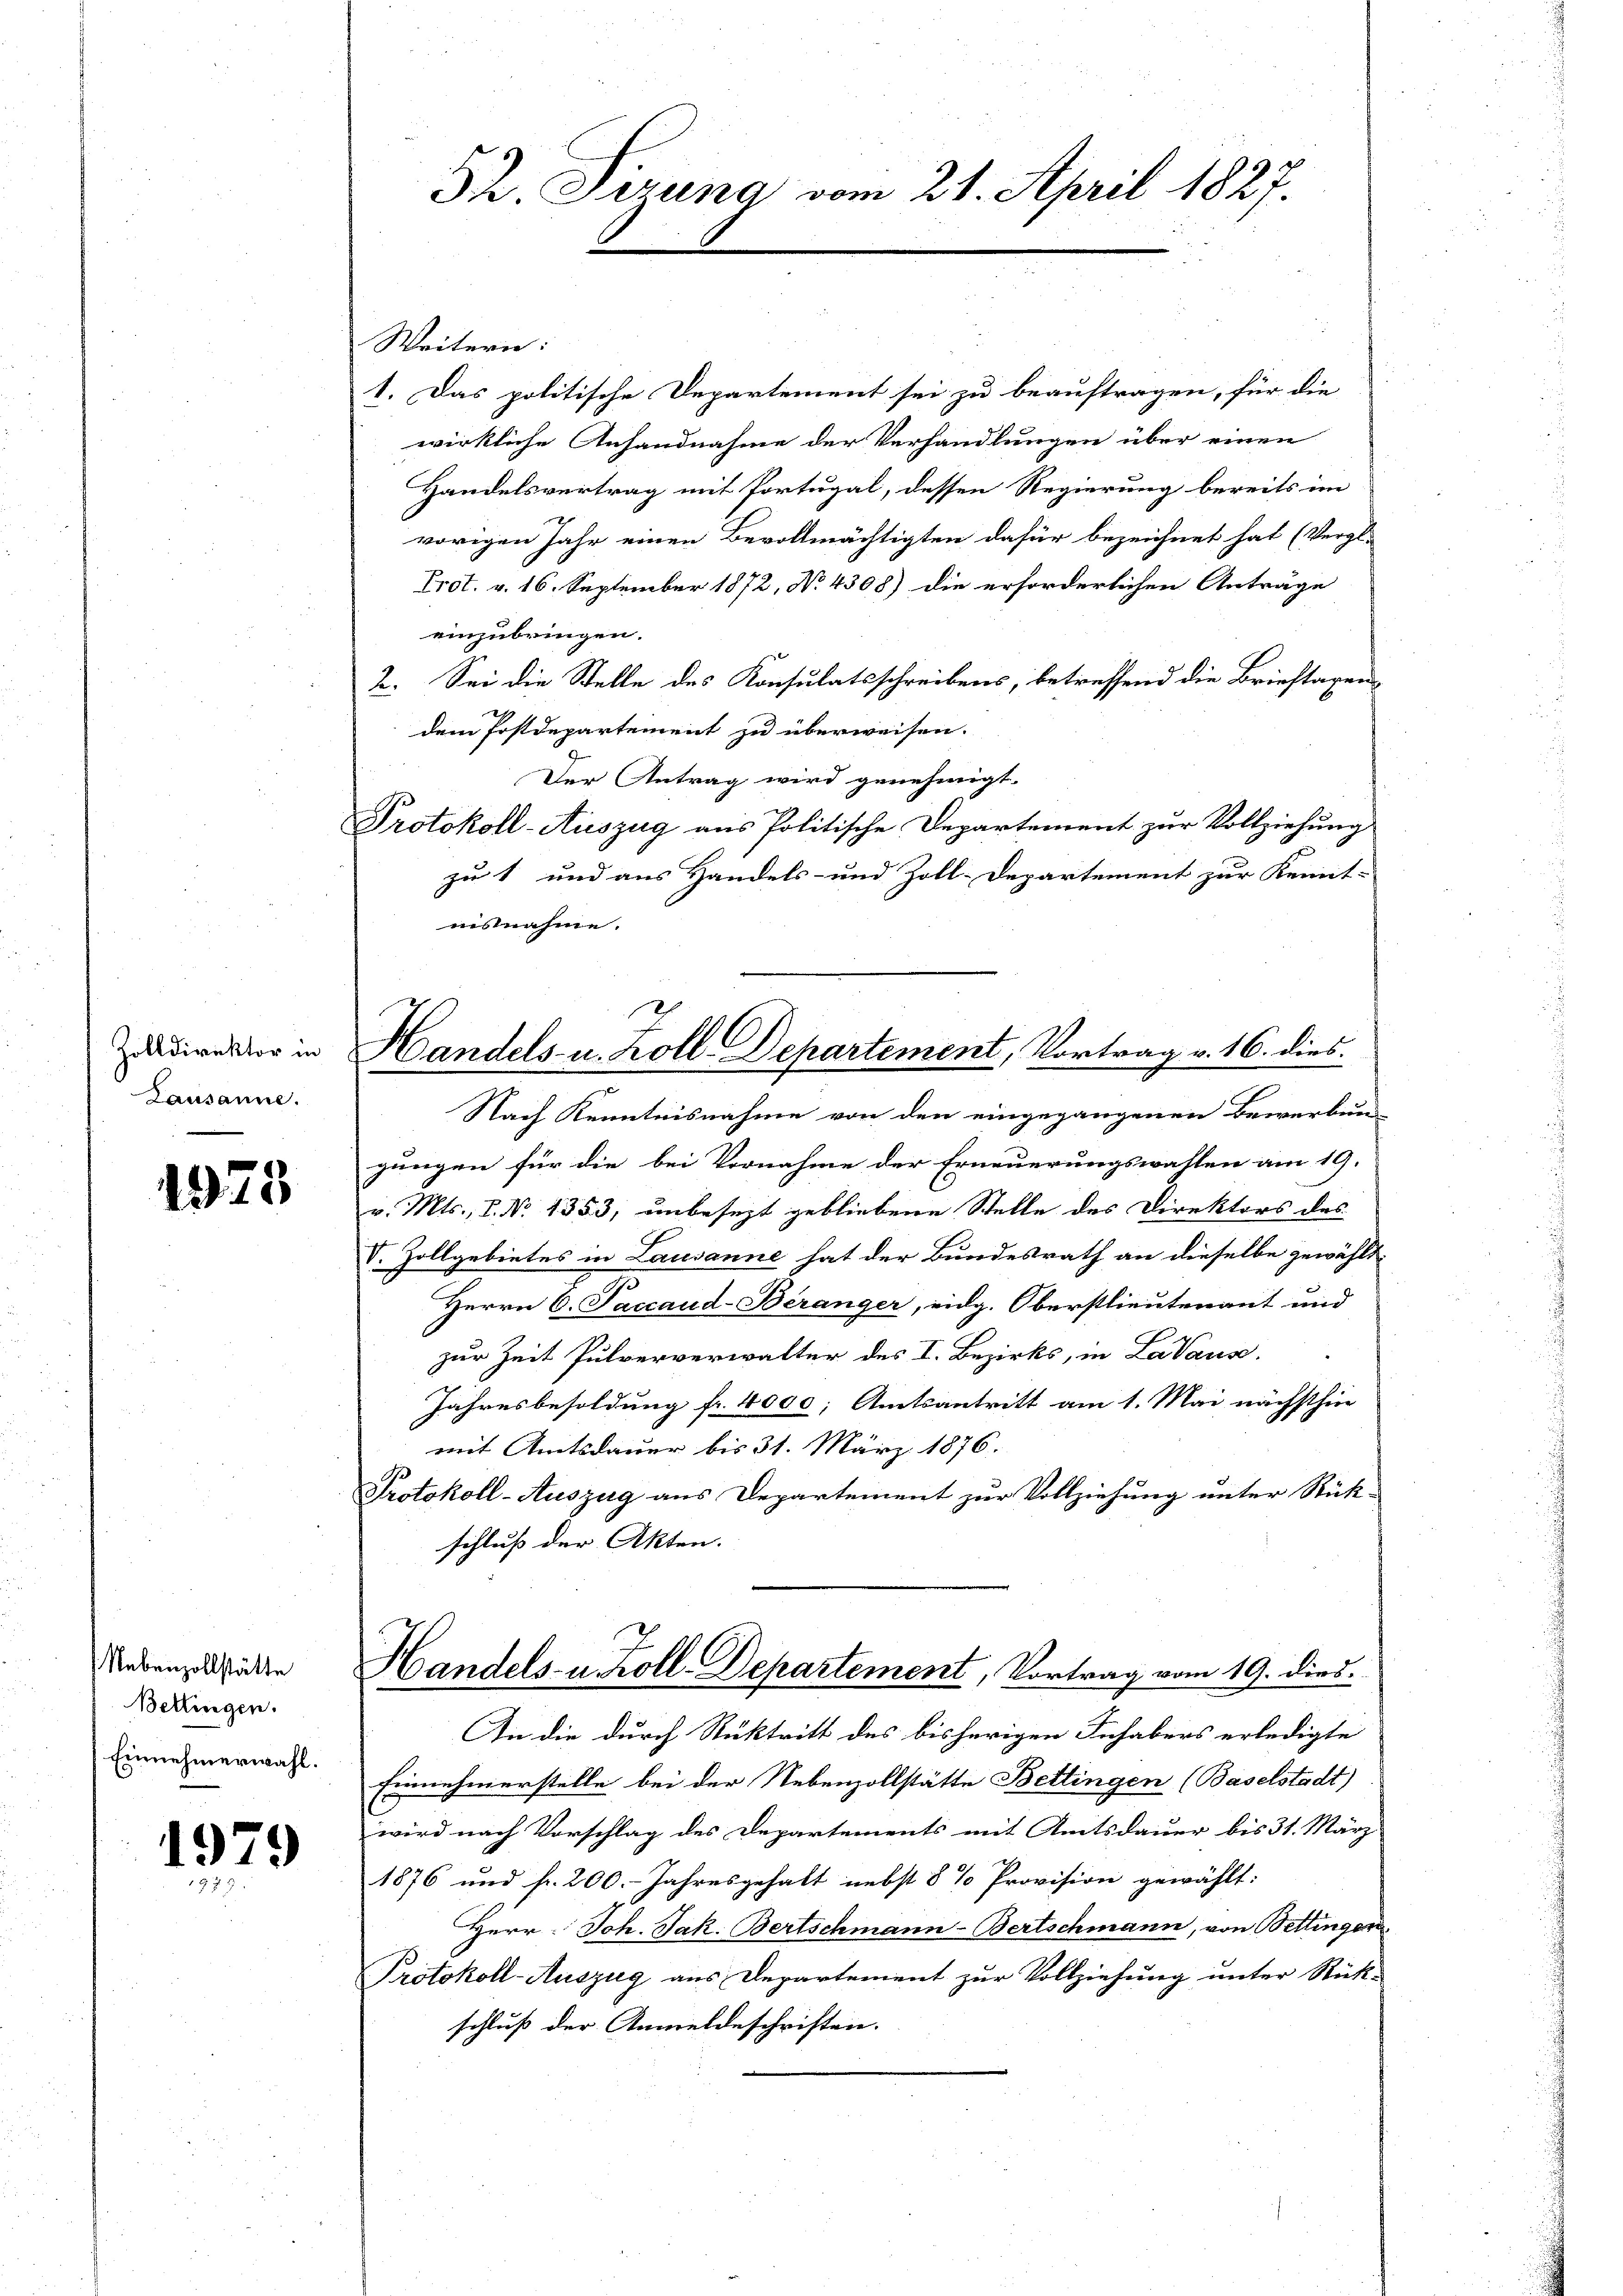
Zolldirektor in
Lausanne.

1975

Nebenzollstätte
Bettingen.
Einnehmerwahl.

1979

52. Tizung vom 21. April 1827.

Handels- u. Zoll-Departement, Vortrag v. 16. dies

Weitern:
1. Das politische Departement sei zu beauftragen, für die
wirkliche Anhandnahme der Verhandlungen über einen
Handelsvertrag mit Portugal, dessen Regierung bereits im
vorigen Jahr einen Bevollmächtigten dafür bezeichnet hat (Vergl.
Prot. v. 16. September 1872, No 4308) die erforderlichen Anträge
einzubringen.
2. Sei die Stelle des Konsulatsschreibens, betreffend die Brieftaxen
dem Postdepartement zu überweisen.
Der Antrag wird genehmigt.
Protokoll-Auszug aus Politische Departement zur Vollziehung
zu 1 und aus Handels- und Zoll-Departement zur Kennt-
nisnahme.
Nach Kenntnisnahme von den eingegangenen Bewerbun-
gungen für die bei Vornahme der Erneuerungswahlen am 19.
v. Mts., P. Nr. 1353, unbesezt gebliebene Stelle des Direktors des
V. Zollgebietes in Lausanne hat der Bundesrath an dieselbe gewählt
Herrn C. Saccaud-Beranger, eidg. Oberstlieutenant und
zur Zeit Pulververwalter des I. Bezirks, in Lavaus.
Jahresbesoldung fr. 4000; Amtsantritt am 1. Mai nächsthin
mit Amtsdauer bis 31. März 1876.
Protokoll-Auszug aus Departement zur Vollziehung unter Rück-
schluß der Akten.
Handels- u. Koll-Departement, Vortrag vom 19. dies
In die durch Rücktritt des bisherigen Inhabers erledigte
Einnehmerstelle bei der Nebenzollstätte Bettingen (Baselstadt)
wird nach Vorschlag des Departements mit Amtsdauer bis 31. März
1876 und fr. 200.- Jahresgehalt nebst 8 % Provision gewählt:
Herr Joh. Jak. Bertschmann-Bertschmann, von Bettingen
Protokoll-Auszug aus Departement zur Vollziehung unter Rück-
schluß der Anmeldeschriften. |